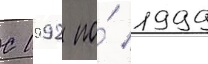
С 1992 по́ 1999